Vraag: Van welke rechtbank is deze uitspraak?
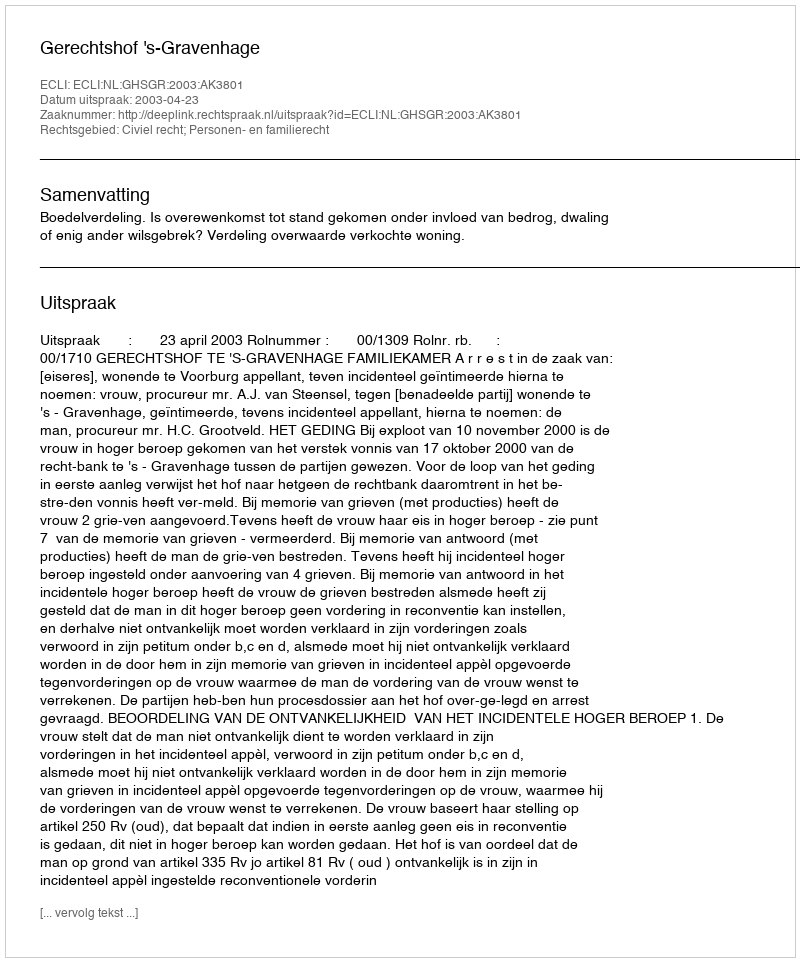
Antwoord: Gerechtshof 's-Gravenhage